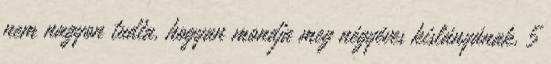
nem nagyon tudta, hogyan mondja meg négyéves kislányának, 5